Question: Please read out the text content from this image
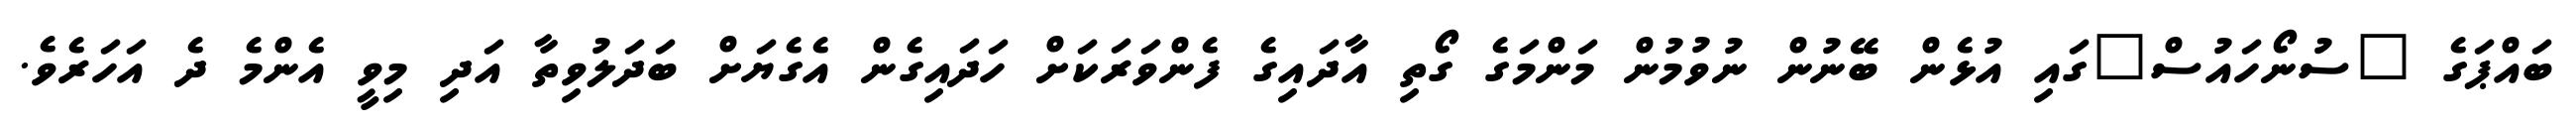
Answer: ބައްޕަގެ "ސުނޯހައުސް"ގައި އުޅެން ބޭނުން ނުވުމުން މަންމަގެ ގޯތި އާދައިގެ ފެންވަރަކަށް ހަދައިގެން އެގެޔަށް ބަދަލުވިތާ އަދި މިވީ އެންމެ ދެ އަހަރެވެ.